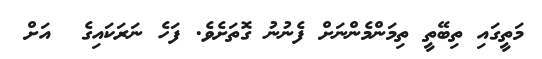
މަތީގައި ތިބޭތީ ތިމަންމެންނަށް ފެނުނު ގޮތަށެވެ. ފަހެ ނަރަކައިގެ  އަށް